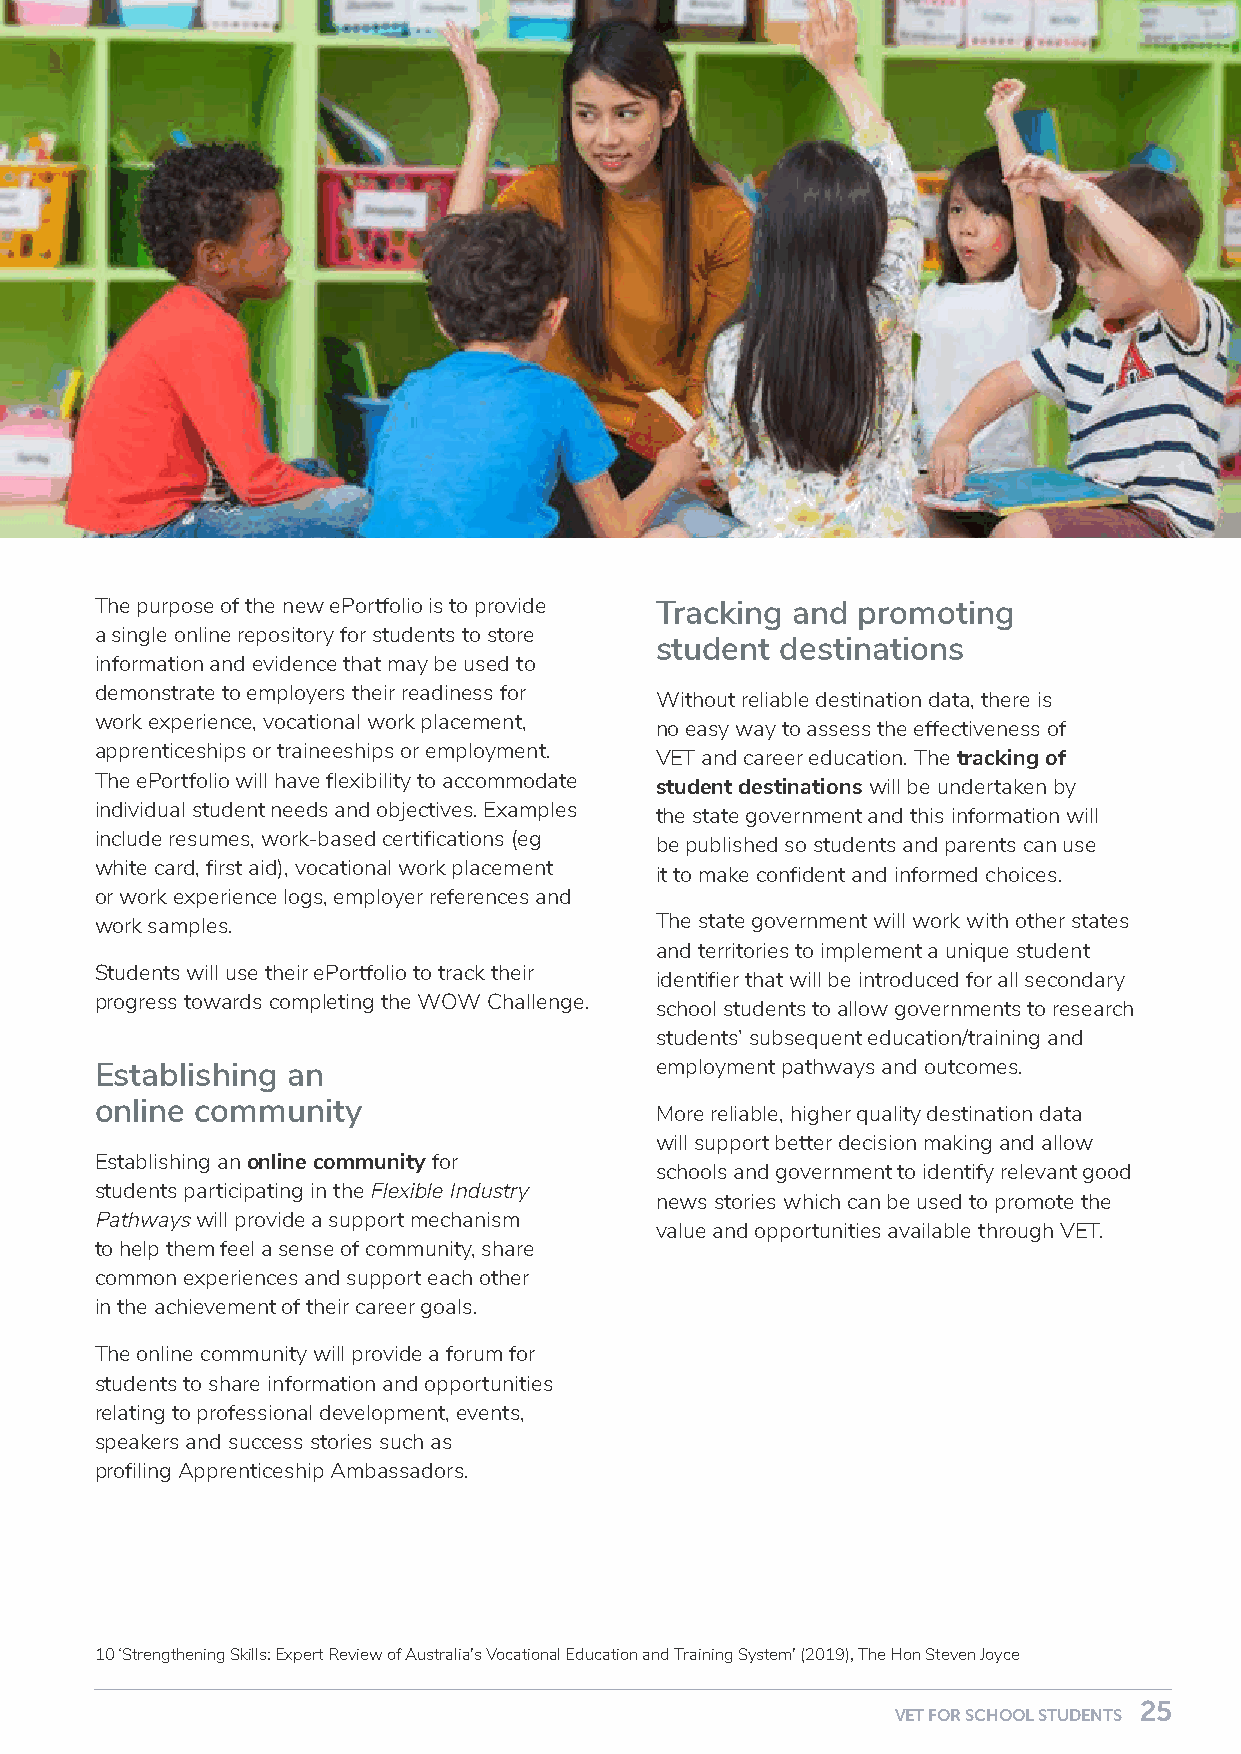
The purpose of the new ePortfolio is to provide Tracking and promoting
 a single online repository for students to store
 student  destinations
 information and evidence that may be used to
 demonstrate to employers their readiness for
 Without reliable destination data, there is
 work experience, vocational work placement,
 no easy way to assess the effectiveness of
 apprenticeships or traineeships or employment.
 VET and career education. The tracking of
 The ePortfolio will have flexibility to accommodate
 student destinations will be undertaken by
 individual student needs and objectives. Examples
 the state government and this information will
 include resumes, work-based certifications (eg
 be published so students and parents can use
 white card, first aid), vocational work placement
 it to make confident and informed choices.
 or work experience logs, employer references and
 work samples.                        The state government will work with other states
 and territories to implement a unique student
 Students will use their ePortfolio to track their
 identifier that will be introduced for all secondary
 progress towards completing the WOW Challenge.
 school students to allow governments to research
 students’ subsequent education/training and
 Establishing an                      employment pathways and outcomes.
 online community
 More reliable, higher quality destination data
 will support better decision making and allow
 Establishing an online community for
 schools and government to identify relevant good
 students participating in the Flexible Industry
 news stories which can be used to promote the
 Pathways will provide a support mechanism
 value and opportunities available through VET.
 to help them feel a sense of community, share
 common experiences and support each other
 in the achievement of their career goals.
 The online community will provide a forum for
 students to share information and opportunities
 relating to professional development, events,
 speakers and success stories such as
 profiling Apprenticeship Ambassadors.
 10 ‘Strengthening Skills: Expert Review of Australia’s Vocational Education and Training System’ (2019), The Hon Steven Joyce
 24                                                                         25
 VET FOR SCHOOL STUDENTS                                    VET FOR SCHOOL STUDENTS